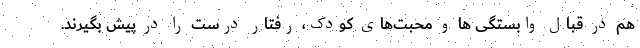
هم در قبال وابستگی ها و محبت‌های کودک، رفتار درست را در پیش بگیرند.